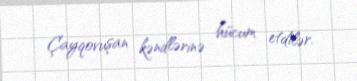
Çayqovuşan kəndlərinə hücum etdilər.